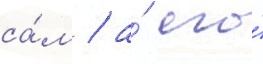
са́м / а́ его́